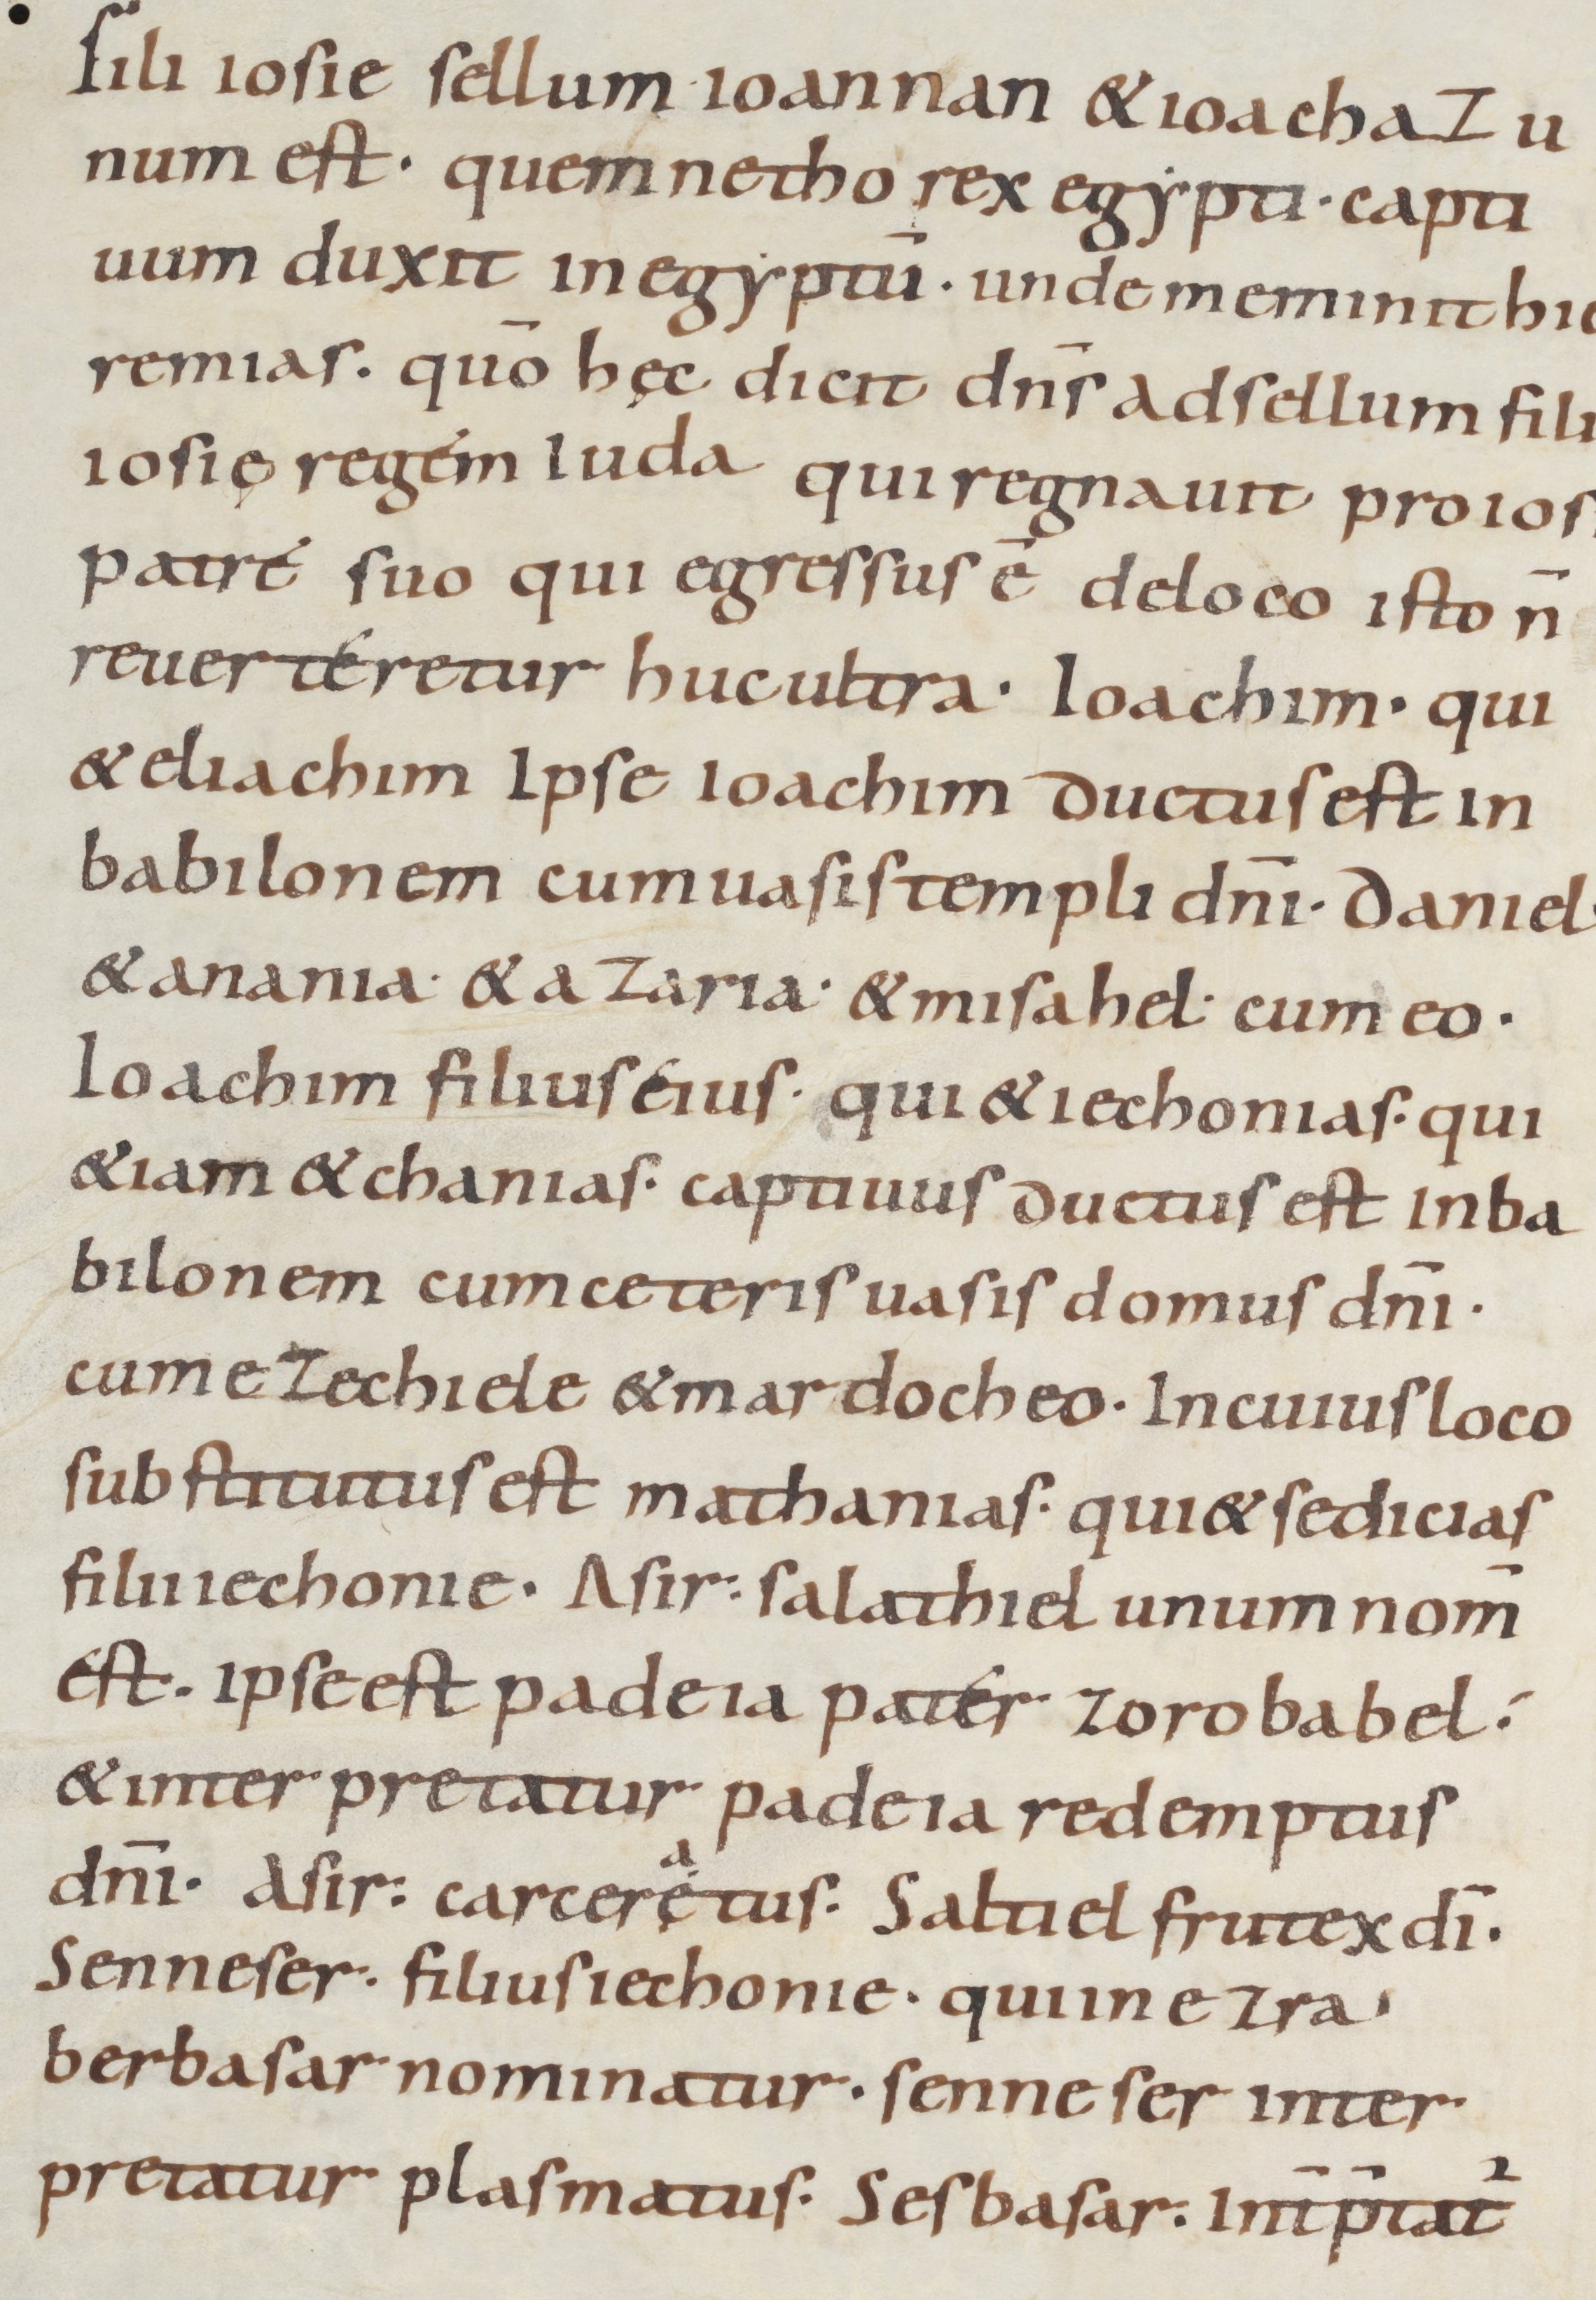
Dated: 800–899